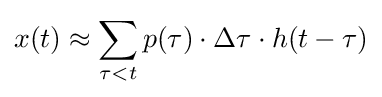
x(t)\approx \sum _{\tau <t}{p(\tau )\cdot \Delta \tau \cdot h}(t-\tau )